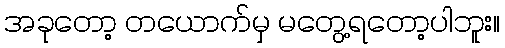
အခုတော့ တယောက်မှ မတွေ့ရတော့ပါဘူး။